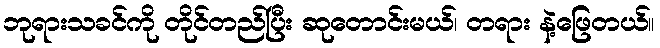
ဘုရားသခင်ကို တိုင်တည်ပြီး ဆုတောင်းမယ်၊ တရား နဲ့ဖြေတယ်။